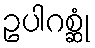
ဥပါဂစ္ဆုံ